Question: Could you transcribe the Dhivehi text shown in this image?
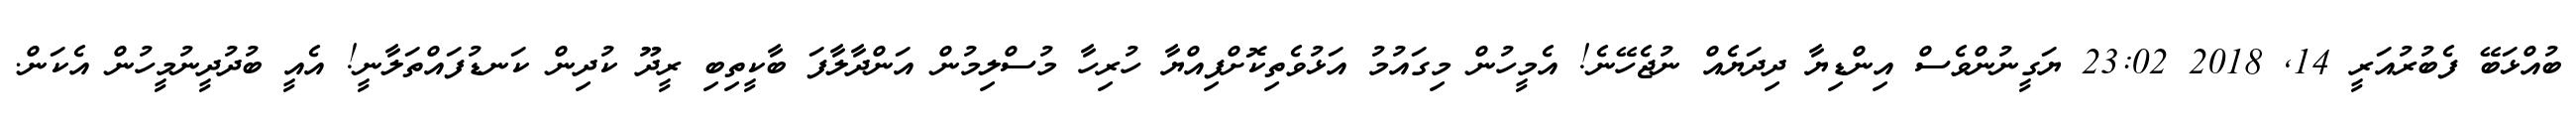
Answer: ބުއްޅަބޭ ފެބުރުއަރީ 14, 2018 23:02 ޔަގީނުންވެސް އިންޑިޔާ ދިދަޔެއް ނުޖެހޭނެ! އެމީހުން މިގައުމު އަޅުވެތިކޮށްފިއްޔާ ހުރިހާ މުސްލިމުން އަންދާލާފަ ބާކީތިބި ރީދޫ ކުދިން ކަނޑުފައްތަލާނީ! އެއީ ބުދުދީނުމީހުން އެކަން.